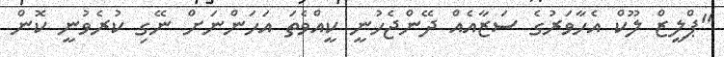
"ޕްލީޒް ލޫކް އެހާވަރުގެ ސަޒާއެއް ދޭންޖެހުނީ ކީއްވެތަ އަހަންނަށް ނޭގި ކުރެވުނީ ކޮން